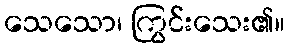
သေသော၊ ကြွင်းသေး၏။